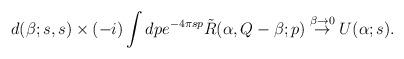
LaTeX: \begin{align*}d(\beta;s,s)\times(-i)\int dp e^{-4\pi sp}\tilde{R}(\alpha,Q-\beta;p) \stackrel{\beta\to 0}{\rightarrow} U(\alpha;s).\end{align*}